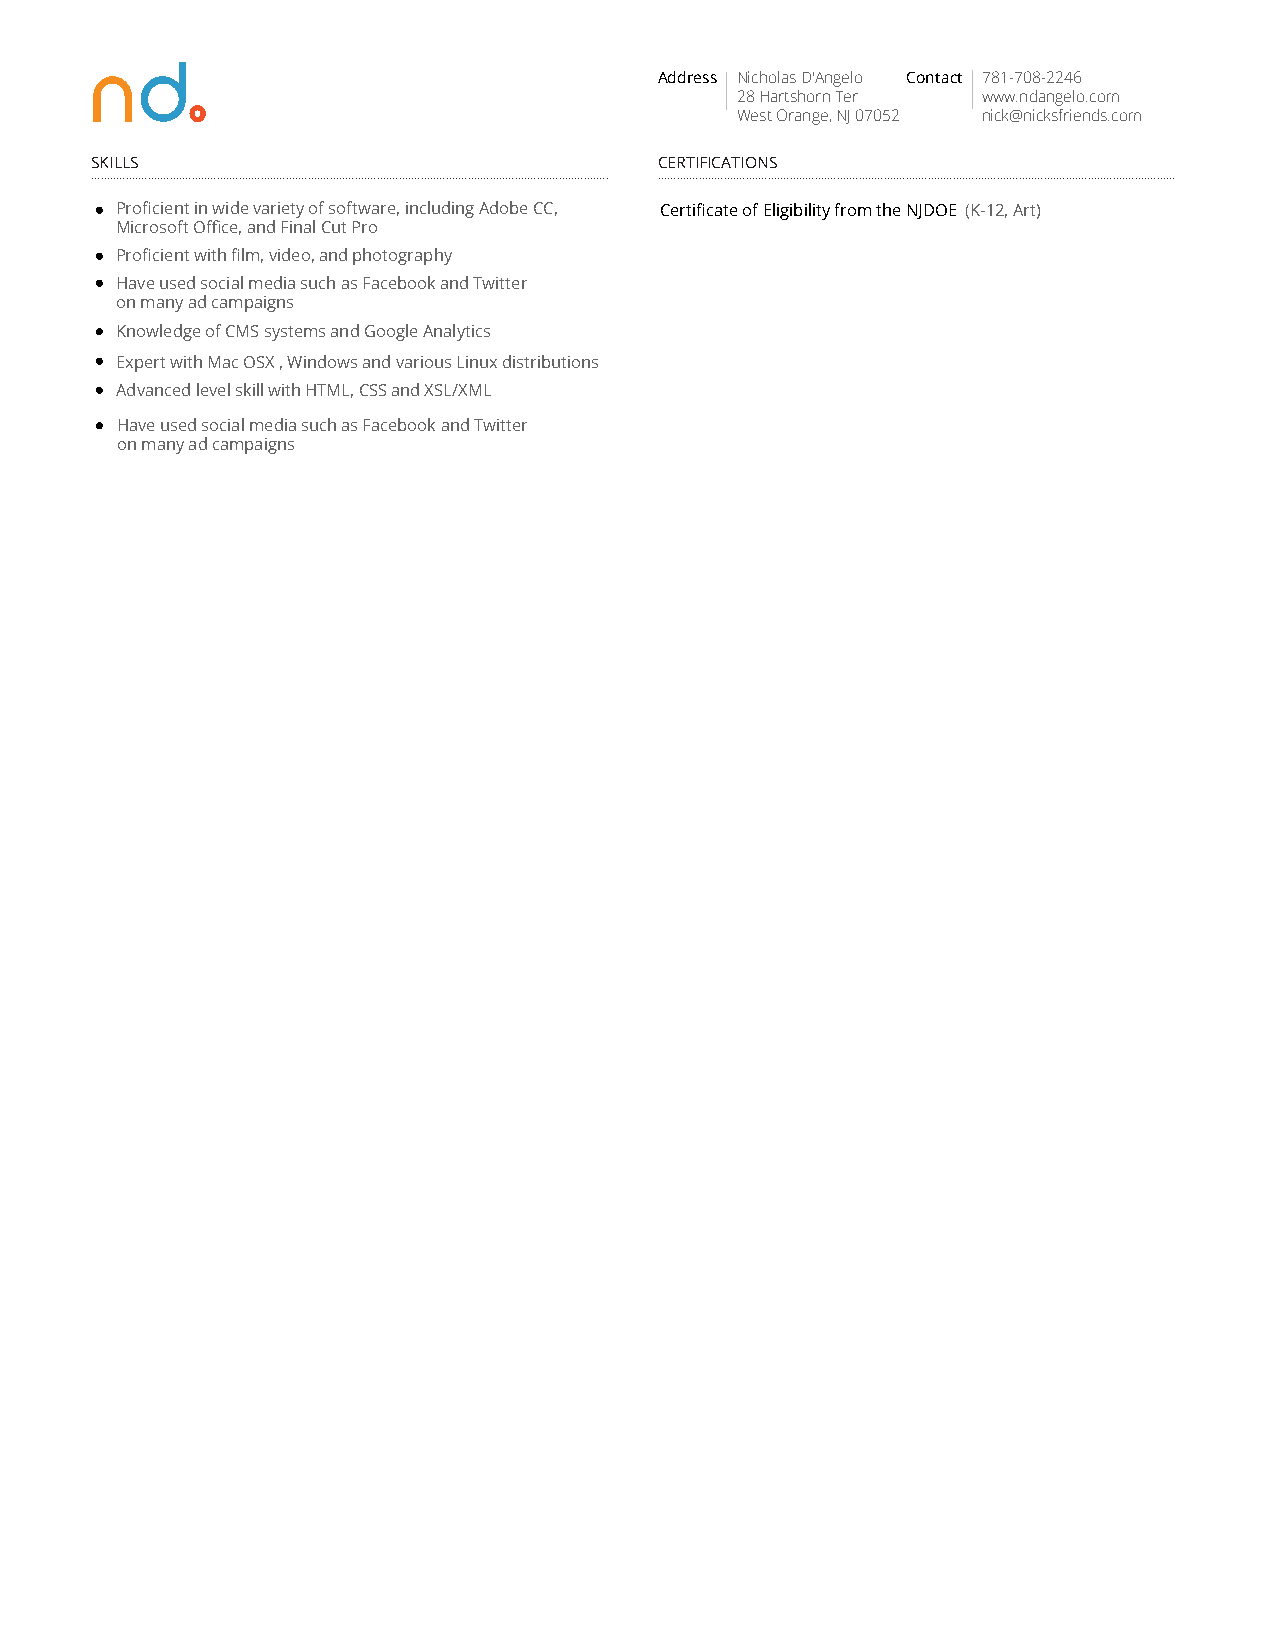
Address Nicholas D'Angelo Contact 781-708-2246
 28 Hartshorn Ter www.ndangelo.com
 West Orange, NJ 07052 nick@nicksfriends.com
 SKILLS                                CERTIFICATIONS
 ..................................................................................................................................................................... .....................................................................................................................................................................
 Proficient in wide variety of software, including Adobe CC, Certificate of Eligibility from the NJDOE (K-12, Art)
 Microsoft Office, and Final Cut Pro
 Proficient with film, video, and photography
 Have used social media such as Facebook and Twitter
 on many ad campaigns
 Knowledge of CMS systems and Google Analytics
 Expert with Mac OSX , Windows and various Linux distributions
 Advanced level skill with HTML, CSS and XSL/XML
 Have used social media such as Facebook and Twitter
 on many ad campaigns